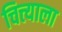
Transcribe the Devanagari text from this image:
चित्त्याला